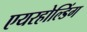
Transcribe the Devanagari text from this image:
एयरहोल्डिंग